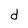
Character: d